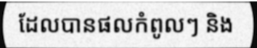
ដែលបានផលកំពូលៗ និង